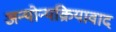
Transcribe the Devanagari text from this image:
अन्योन्यक्रियावाद